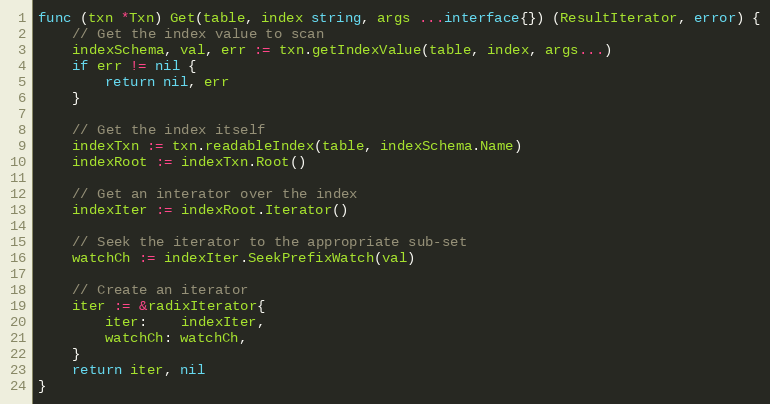
Language: Go
func (txn *Txn) Get(table, index string, args ...interface{}) (ResultIterator, error) {
	// Get the index value to scan
	indexSchema, val, err := txn.getIndexValue(table, index, args...)
	if err != nil {
		return nil, err
	}

	// Get the index itself
	indexTxn := txn.readableIndex(table, indexSchema.Name)
	indexRoot := indexTxn.Root()

	// Get an interator over the index
	indexIter := indexRoot.Iterator()

	// Seek the iterator to the appropriate sub-set
	watchCh := indexIter.SeekPrefixWatch(val)

	// Create an iterator
	iter := &radixIterator{
		iter:    indexIter,
		watchCh: watchCh,
	}
	return iter, nil
}